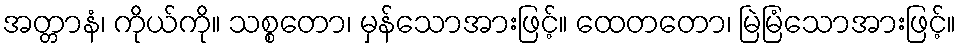
အတ္တာနံ၊ ကိုယ်ကို။ သစ္စတော၊ မှန်သောအားဖြင့်။ ထေတတော၊ မြဲမြံသောအားဖြင့်။